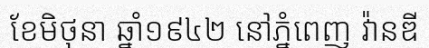
ខែមិថុនា ឆ្នាំ១៩៤២ នៅភ្នំពេញ វ៉ានឌី